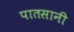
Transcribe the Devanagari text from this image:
पातसानी